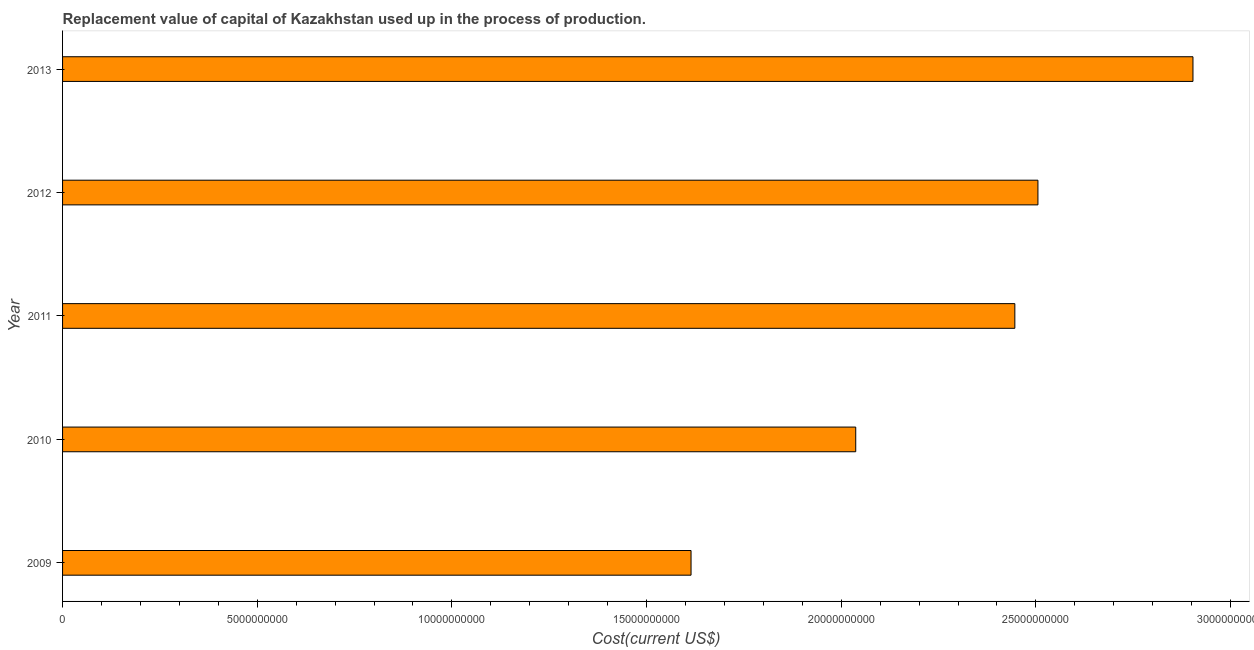
| Year | Consumption of fixed capital |
 | --- | --- |
 | 2009 | 1.61e+10 |
 | 2010 | 2.04e+10 |
 | 2011 | 2.45e+10 |
 | 2012 | 2.51e+10 |
 | 2013 | 2.9e+10 |